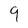
Character: 9